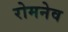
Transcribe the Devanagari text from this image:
रोमनेव